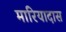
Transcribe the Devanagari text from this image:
मारियादास